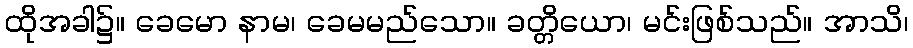
ထိုအခါ၌။ ခေမော နာမ၊ ခေမမည်သော။ ခတ္တိယော၊ မင်းဖြစ်သည်။ အာသိ၊